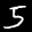
Label: 5